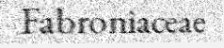
Fabroniaceae